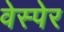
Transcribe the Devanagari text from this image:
वेस्पेर